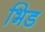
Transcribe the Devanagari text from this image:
भिड